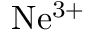
\mathrm { N e ^ { 3 + } }